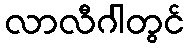
လာလီဂါတွင်